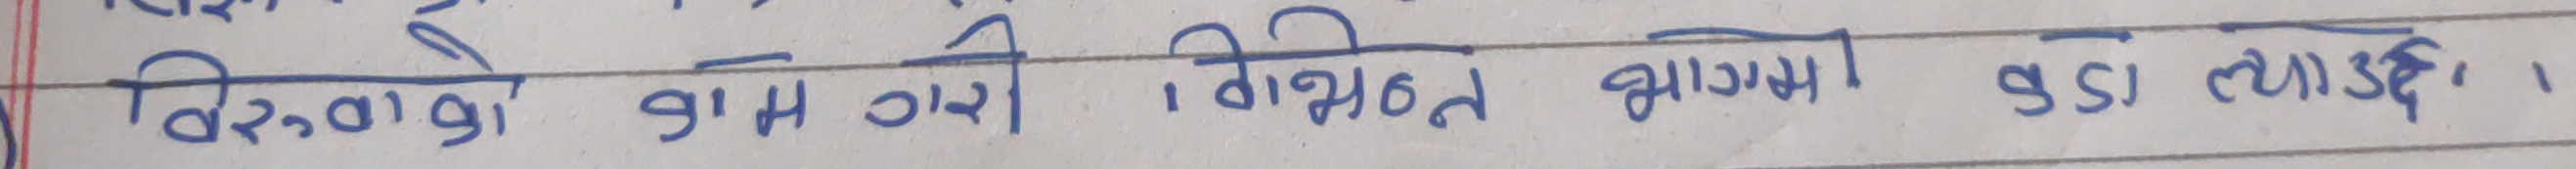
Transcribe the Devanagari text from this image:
विश्वको राम गरी । विभिन्न भागमा कडा त्याइदे ।